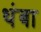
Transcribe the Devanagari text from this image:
थंबा